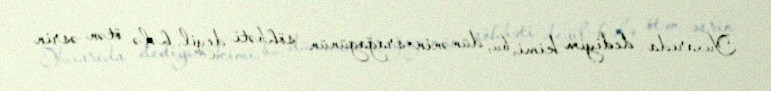
Yuxarıda dediyim kimi, bu, dünənin-srağagünün söhbəti deyil, hələ ötən əsrin